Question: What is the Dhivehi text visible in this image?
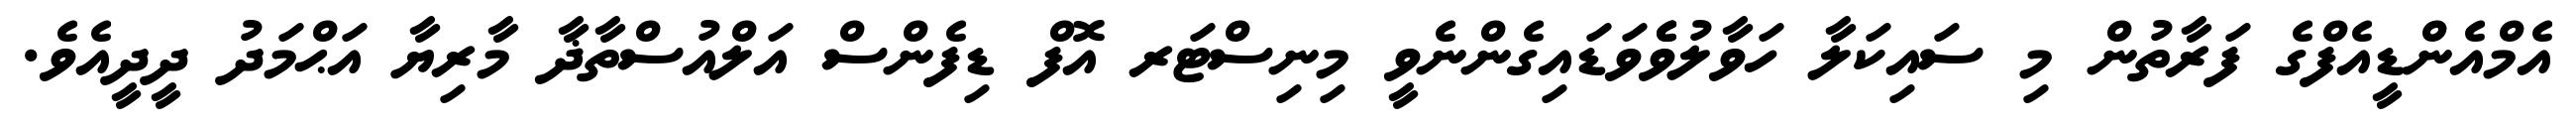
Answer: އެމްއެންޑީއެފްގެ ފަރާތުން މި ސައިކަލާ ހަވާލުވެެވަޑައިގެންނެވީ މިނިސްޓަރ އޮފް ޑިފެންސް އަލްއުސްތާޛާ މާރިޔާ އަޙްމަދު ދީދީއެވެ.